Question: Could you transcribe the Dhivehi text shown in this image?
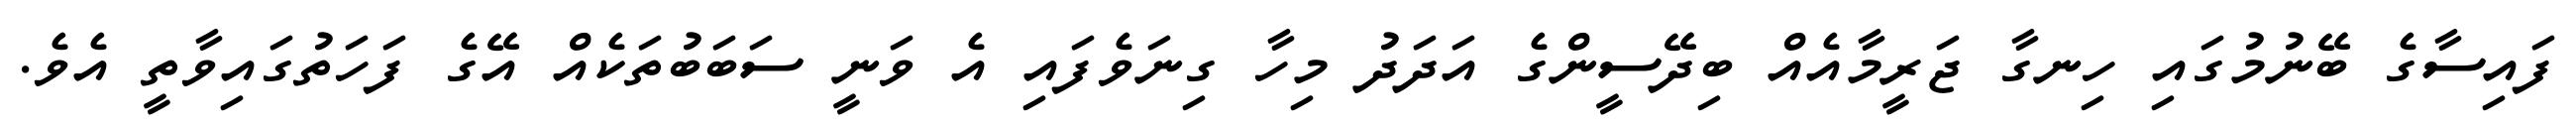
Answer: ފައިސާގެ ބޭނުމުގައި ހިނގާ ޖަރީމާއެއް ބިދޭސީންގެ އަދަދު މިހާ ގިނަވެފައި އެ ވަނީ ސަބަބުތަކެއް އޭގެ ފަހަތުގައިވާތީ އެވެ.